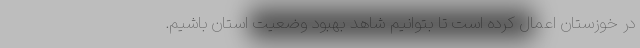
در خوزستان اعمال کرده است تا بتوانیم شاهد بهبود وضعیت استان باشیم.